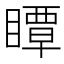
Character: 瞫